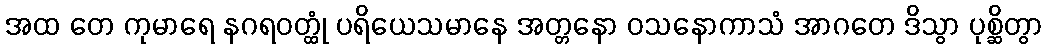
အထ တေ ကုမာရေ နဂရဝတ္ထုံ ပရိယေသမာနေ အတ္တနော ဝသနောကာသံ အာဂတေ ဒိသွာ ပုစ္ဆိတွာ